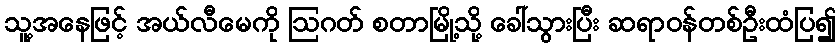
သူ့အနေဖြင့် အယ်လီမေကို ဩဂတ် စတာမြို့သို့ ခေါ်သွားပြီး ဆရာဝန်တစ်ဦးထံပြ၍